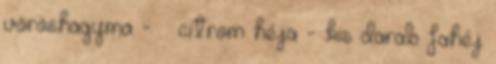
vöröshagyma - ½ citrom héja - kis darab fahéj